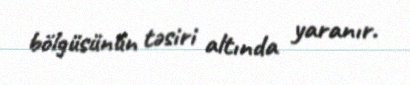
bölgüsünün təsiri altında yaranır.